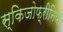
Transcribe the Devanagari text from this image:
स्किजोफ़्रीनिया